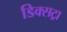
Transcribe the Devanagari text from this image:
डिक्सट्रा